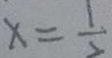
x = \frac { 1 } { 2 }